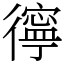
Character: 㣷